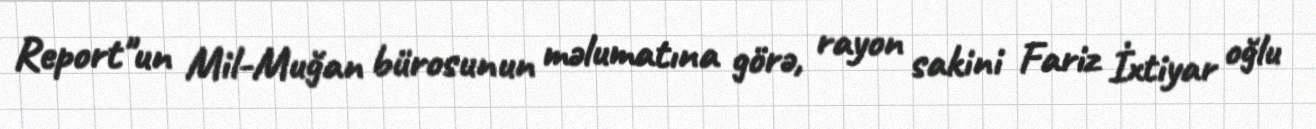
Report"un Mil-Muğan bürosunun məlumatına görə, rayon sakini Fariz İxtiyar oğlu